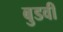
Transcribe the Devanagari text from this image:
बुडवी